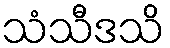
သံသီဒသိ